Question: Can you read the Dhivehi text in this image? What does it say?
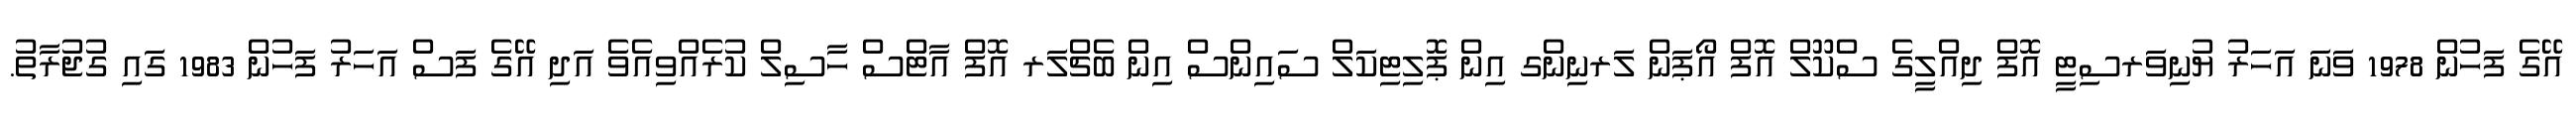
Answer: އޭގެ ފަހުން 1978 ވަނަ އަހަރު ޔުނިވަރސިޓީ އޮފް ދިއްލީގެ ސްކޫލް އޮފް އޯޕަން ލަރނިންގ އިން ޕޮލިޓިކަލް ސައިންސް އިން ބެޗްލަރ އޮފް އާޓްސް ހާސިލް ކުރެއްވިއެވެ އަދި އޭގެ ފަސް އަހަރު ފަހުން 1983 ގައި ގުޖުރާތު.